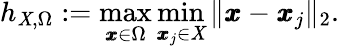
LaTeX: h_{\mathit{X},\Omega}:=\operatorname*{max}_{\pmb{x}\in\Omega}\operatorname*{min}_{\pmb{x}_{j}\in\mathit{X}}\| \pmb{x}-\pmb{x}_{j}\| _{2}.